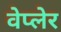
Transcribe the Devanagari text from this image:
वेप्लेर